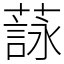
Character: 𦻑